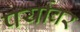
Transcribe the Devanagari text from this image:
पर्यावर